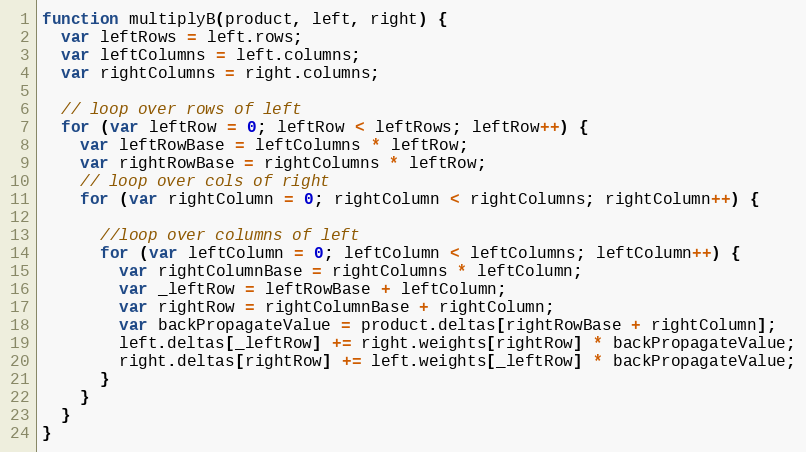
Language: JavaScript
function multiplyB(product, left, right) {
  var leftRows = left.rows;
  var leftColumns = left.columns;
  var rightColumns = right.columns;

  // loop over rows of left
  for (var leftRow = 0; leftRow < leftRows; leftRow++) {
    var leftRowBase = leftColumns * leftRow;
    var rightRowBase = rightColumns * leftRow;
    // loop over cols of right
    for (var rightColumn = 0; rightColumn < rightColumns; rightColumn++) {

      //loop over columns of left
      for (var leftColumn = 0; leftColumn < leftColumns; leftColumn++) {
        var rightColumnBase = rightColumns * leftColumn;
        var _leftRow = leftRowBase + leftColumn;
        var rightRow = rightColumnBase + rightColumn;
        var backPropagateValue = product.deltas[rightRowBase + rightColumn];
        left.deltas[_leftRow] += right.weights[rightRow] * backPropagateValue;
        right.deltas[rightRow] += left.weights[_leftRow] * backPropagateValue;
      }
    }
  }
}